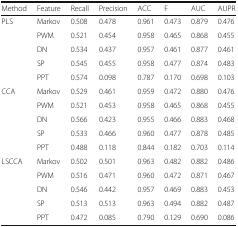
| Method | Feature | Recall | Precision | ACC | F | AUC | AUPR |
 | --- | --- | --- | --- | --- | --- | --- | --- |
 | <ROWSPAN=5> PLS | Markov | 0.508 | 0.478 | 0.961 | 0.473 | 0.879 | 0.476 |
 | PWM | 0.521 | 0.454 | 0.958 | 0.465 | 0.868 | 0.455 |
 | DN | 0.534 | 0.437 | 0.957 | 0.461 | 0.877 | 0.461 |
 | SP | 0.545 | 0.455 | 0.958 | 0.477 | 0.874 | 0.483 |
 | PPT | 0.574 | 0.098 | 0.787 | 0.170 | 0.698 | 0.103 |
 | <ROWSPAN=5> CCA | Markov | 0.529 | 0.461 | 0.959 | 0.472 | 0.880 | 0.476 |
 | PWM | 0.521 | 0.453 | 0.958 | 0.465 | 0.868 | 0.455 |
 | DN | 0.566 | 0.423 | 0.955 | 0.466 | 0.883 | 0.468 |
 | SP | 0.533 | 0.466 | 0.960 | 0.477 | 0.878 | 0.485 |
 | PPT | 0.488 | 0.118 | 0.844 | 0.182 | 0.703 | 0.114 |
 | <ROWSPAN=5> LSCCA | Markov | 0.502 | 0.501 | 0.963 | 0.482 | 0.882 | 0.486 |
 | PWM | 0.516 | 0.471 | 0.960 | 0.472 | 0.871 | 0.467 |
 | DN | 0.546 | 0.442 | 0.957 | 0.469 | 0.883 | 0.453 |
 | SP | 0.513 | 0.513 | 0.963 | 0.494 | 0.882 | 0.487 |
 | PPT | 0.472 | 0.085 | 0.790 | 0.129 | 0.690 | 0.086 |